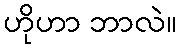
ဟိုဟာ ဘာလဲ။